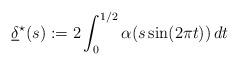
LaTeX: \begin{align*} \underline{\delta}^\star(s) := 2\int_{0}^{1/2} \alpha(s \sin(2\pi t))\,dt \end{align*}